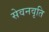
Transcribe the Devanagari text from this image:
सेवनवृति